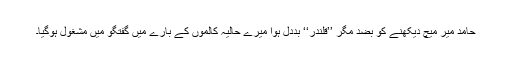
حامد میر میچ دیکھنے کو بضد مگر ’’قلندر‘‘ بددل ہوا میرے حالیہ کالموں کے بارے میں گفتگو میں مشغول ہوگیا۔